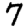
Digit: 7